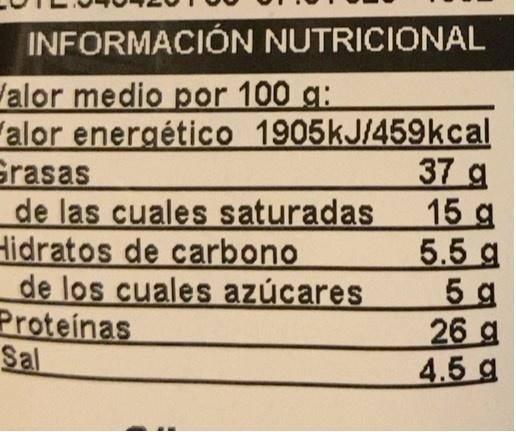
INFORMACIÓN NUTRICIONAL
Valor medio por 100 g: alor energético 1905KJ/459kcal Grasas de las cuales saturadas Hidratos de carbono de los cuales azúcares Proteinas Sal
37 g 15 g 5.5 g 5 g 26 g 4.5 g